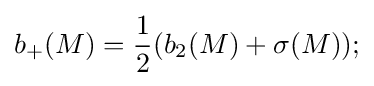
b_{+}(M)={\frac {1}{2}}(b_{2}(M)+\sigma (M));